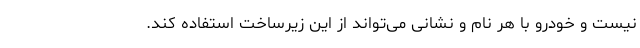
نیست و خودرو با هر نام و نشانی می‌تواند از این زیرساخت استفاده کند.